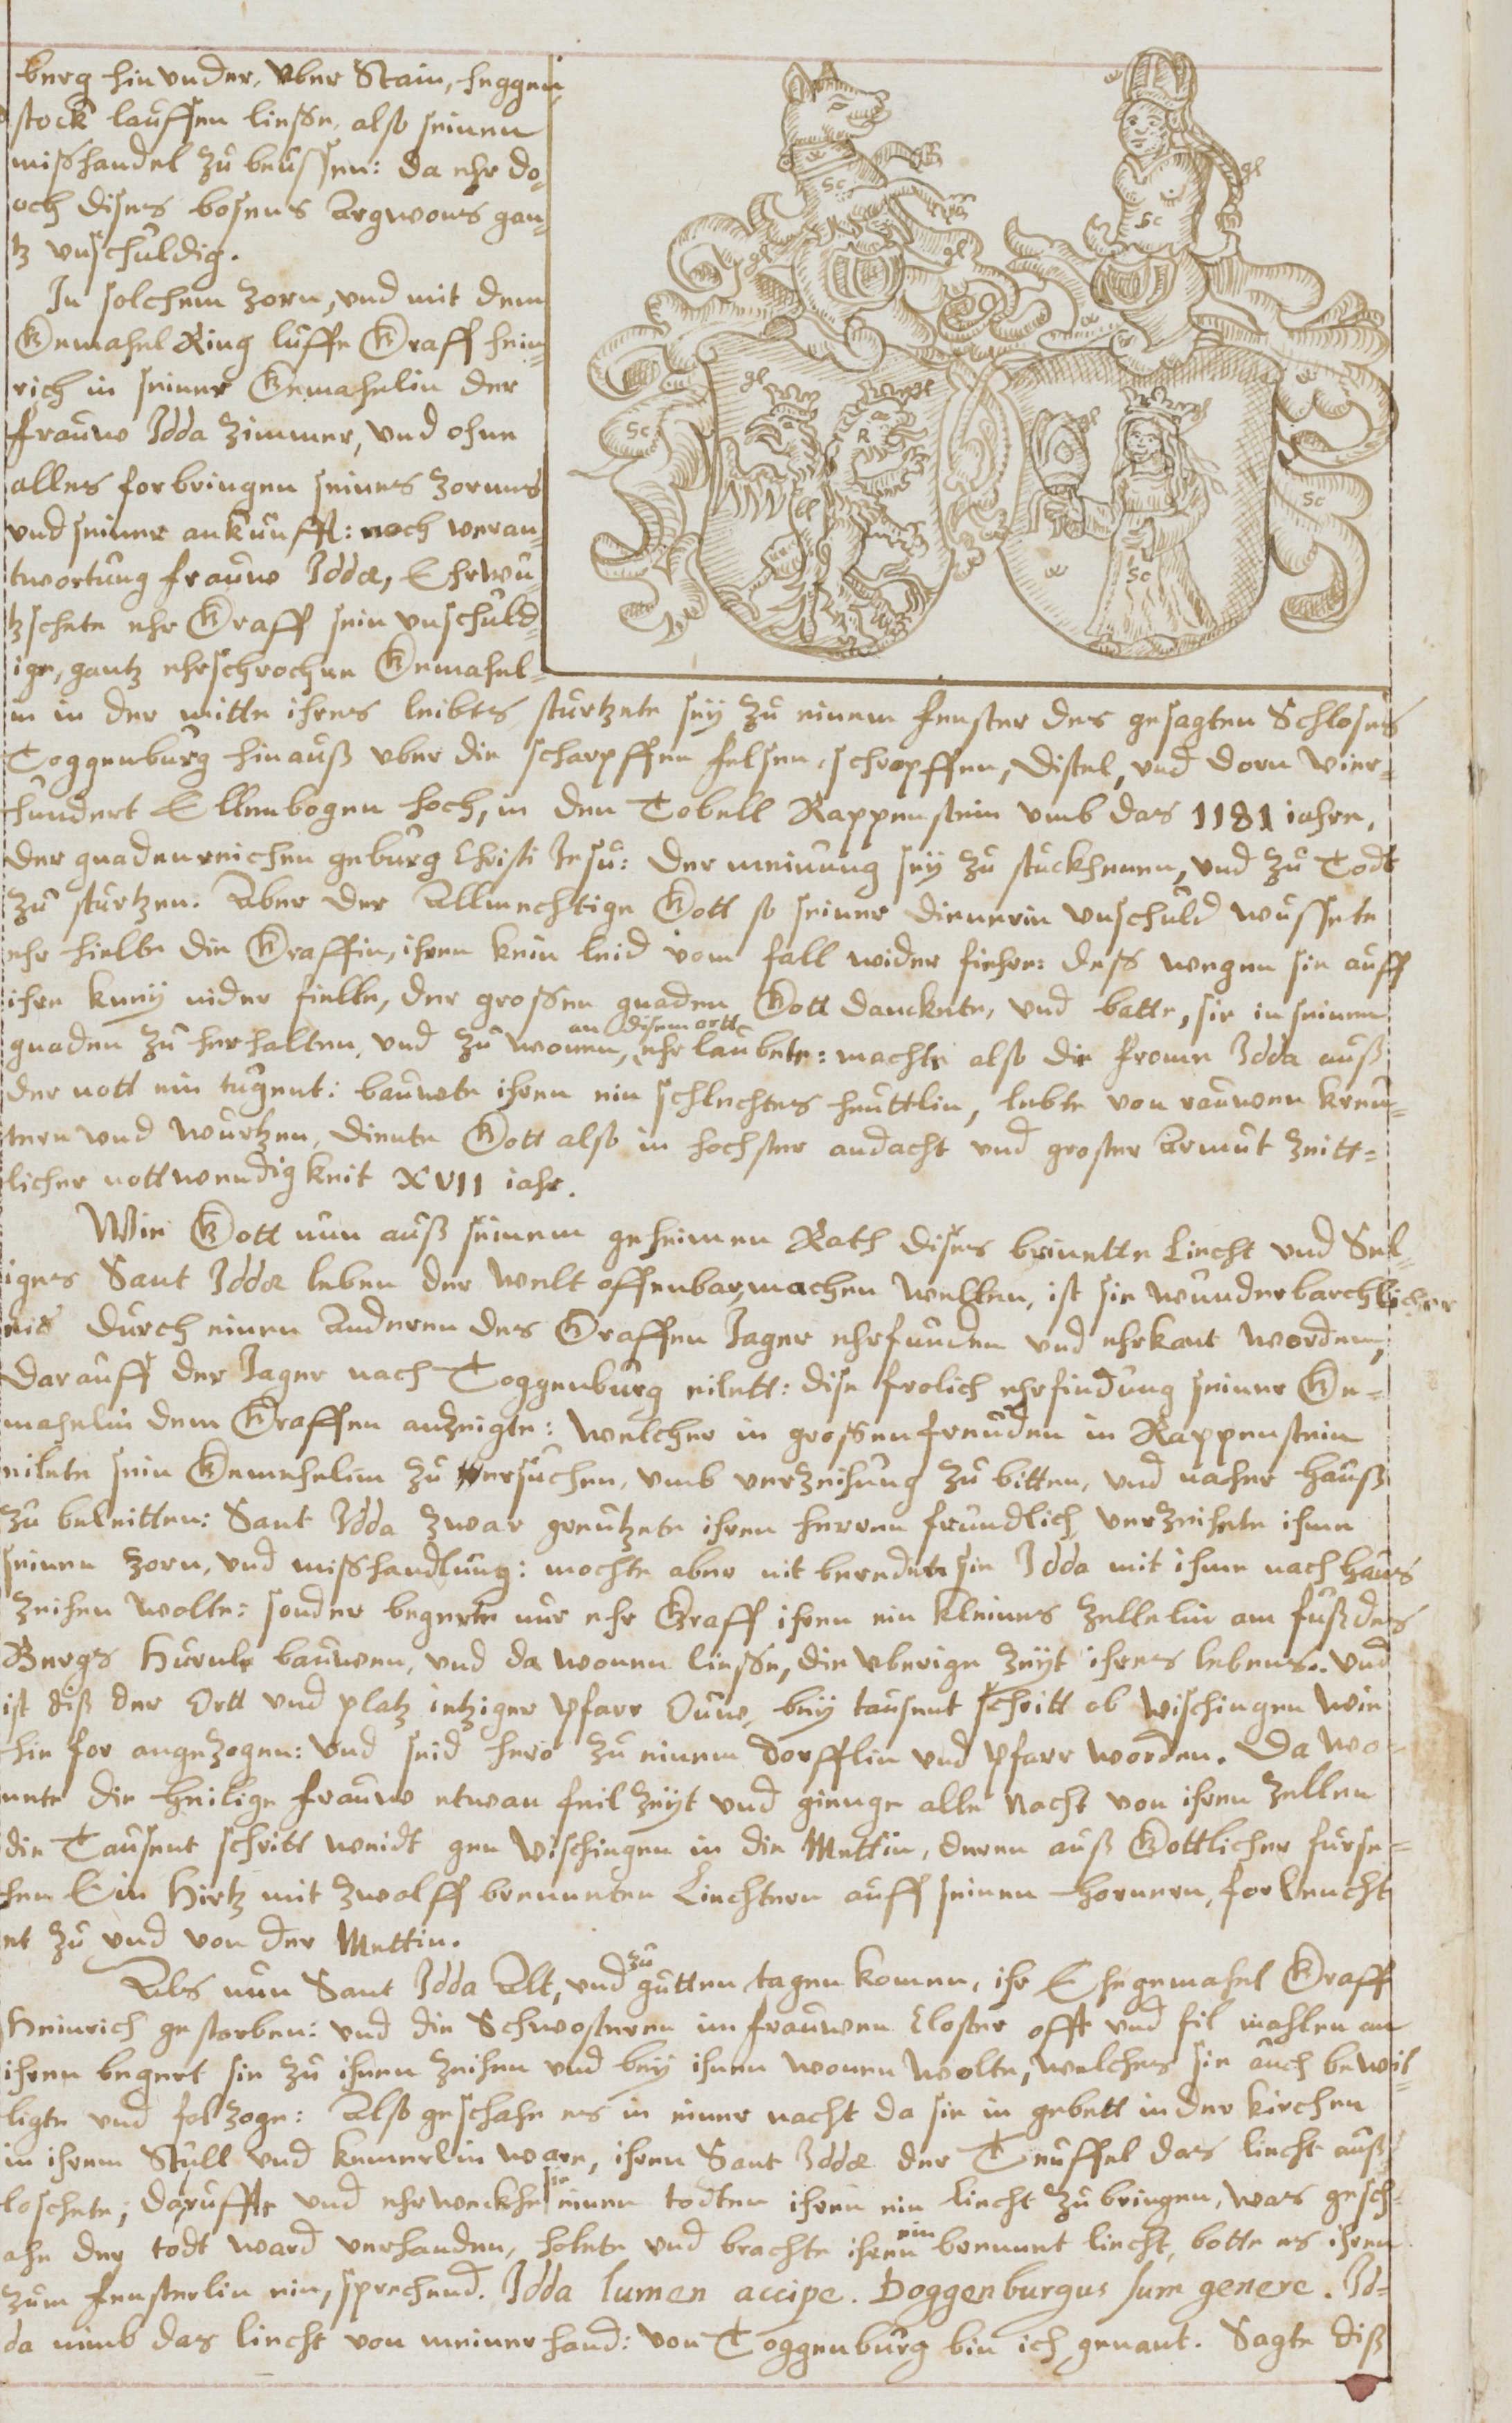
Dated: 1619–1649